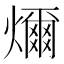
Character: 𤐨